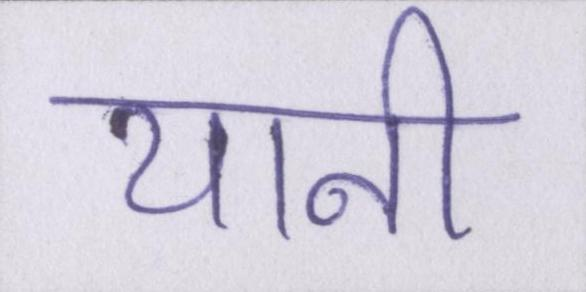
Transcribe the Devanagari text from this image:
यानी